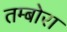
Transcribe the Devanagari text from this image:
तम्बोरा